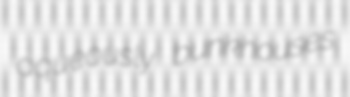
aqueously bunkhouses